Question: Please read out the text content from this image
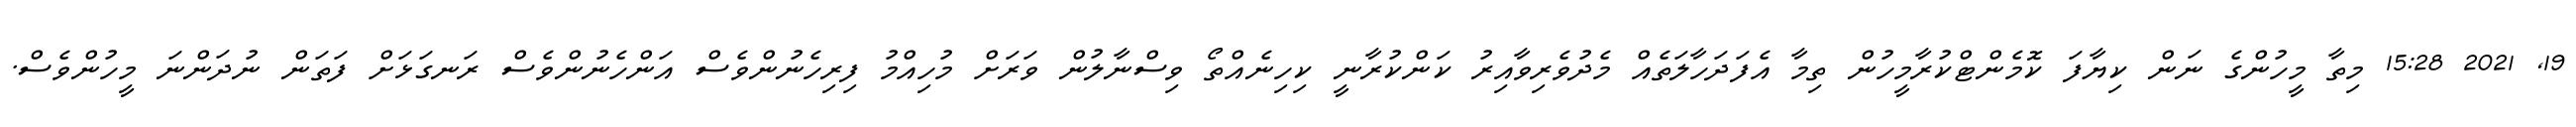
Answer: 19, 2021 15:28 މިތާ މީހުންގެ ނަން ކިޔާފަ ކޮމެންޓްކުރާމީހުން ތިމާ އެފަދަހާލަތެއް މެދުވެރިވާއިރު ކަންކުރާނީ ކިހިނެއްތޯ ވިސްނާލުން ވަރަށް މުހިއްމު ފިރިހެނުންވެސް އަންހެނުންވެސް ރަނގަޅަށް ފަތަން ނުދަންނަ މީހުންވެސް.